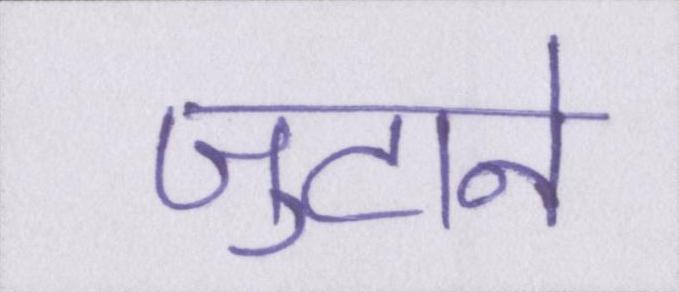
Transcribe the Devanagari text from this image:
जुटाने